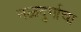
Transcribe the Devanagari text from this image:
नळदुर्गाचा